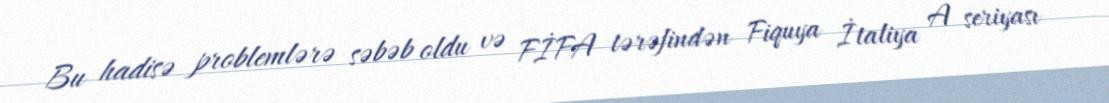
Bu hadisə problemlərə səbəb oldu və FİFA tərəfindən Fiquya İtaliya A seriyası